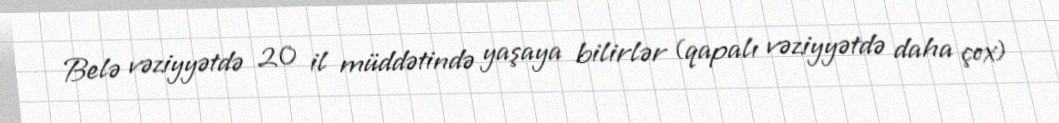
Belə vəziyyətdə 20 il müddətində yaşaya bilirlər (qapalı vəziyyətdə daha çox)